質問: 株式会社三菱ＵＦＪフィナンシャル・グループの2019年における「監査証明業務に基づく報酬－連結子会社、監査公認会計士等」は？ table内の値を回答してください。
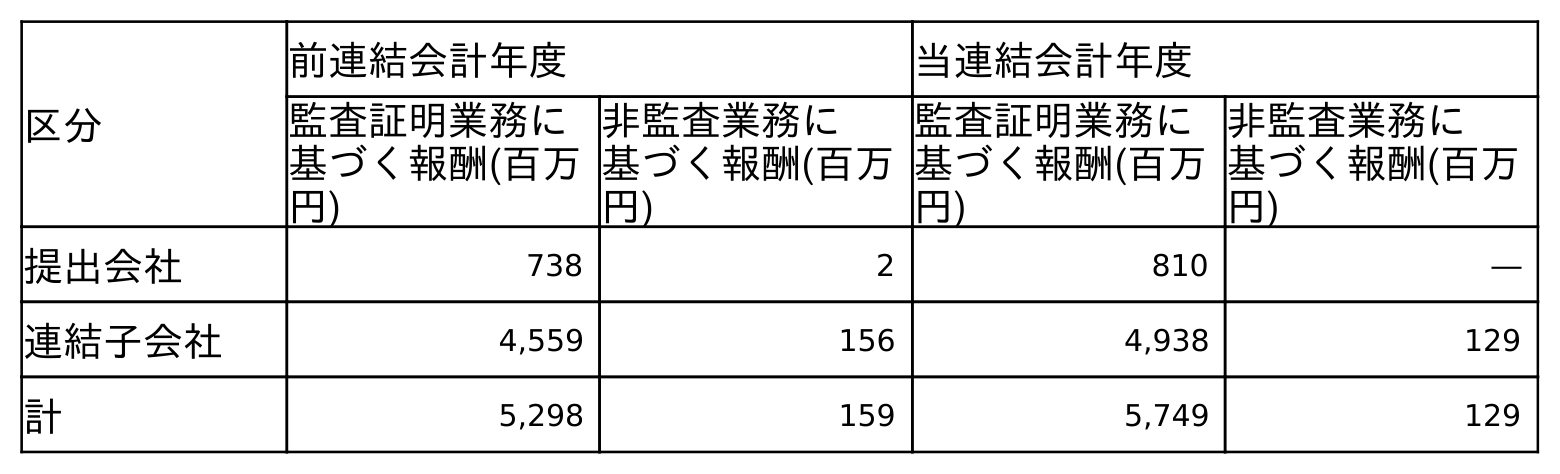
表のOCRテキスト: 区分 前連結会計年度 当連結会計年度 監査証明業務に 基づく報酬(百万 円) 非監査業務に 基づく報酬(百万 円) 監査証明業務に 基づく報酬(百万 円) 非監査業務に 基づく報酬(百万 円) 提出会社 738 2 810 ― 連結子会社 4,559 156 4,938 129 計 5,298 159 5,749 129
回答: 4,559